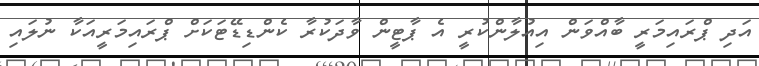
އަދި ޕްރައިމަރީ ބާއްވަން އިއުލާންކުރީ އެ ޕާޓީން ވާދަކުރާ ކެންޑިޑޭޓަކަށް ޕްރައިމަރީއަކާ ނުލައި